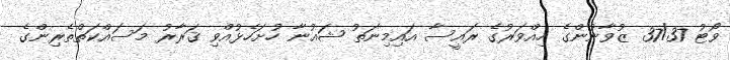
ވޯޓު 37/37 ޒުވާނުންގެ ހިއްވަރުގެ ރައީސާ އައިމިނަތު ޝައުނާ ހުށަހެޅުއްވި ޤަރާރު މަސައްކަތްތެރިންގެ